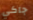
جاكي